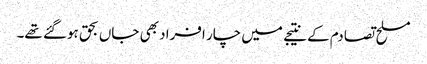
مسلح تصادم کے نتیجے میں چار افراد بھی جاں بحق ہوگئے تھے۔